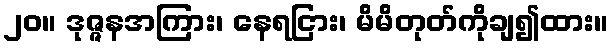
၂၀။ ဒုဇ္ဇနအကြား၊ နေရငြား၊ မိမိတုတ်ကိုချ၍ထား။